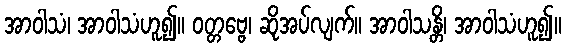
အာဝါသံ၊ အာဝါသံဟူ၍။ ဝတ္တဗ္ဗေ၊ ဆိုအပ်လျက်။ အာဝါသန္တိ၊ အာဝါသံဟူ၍။